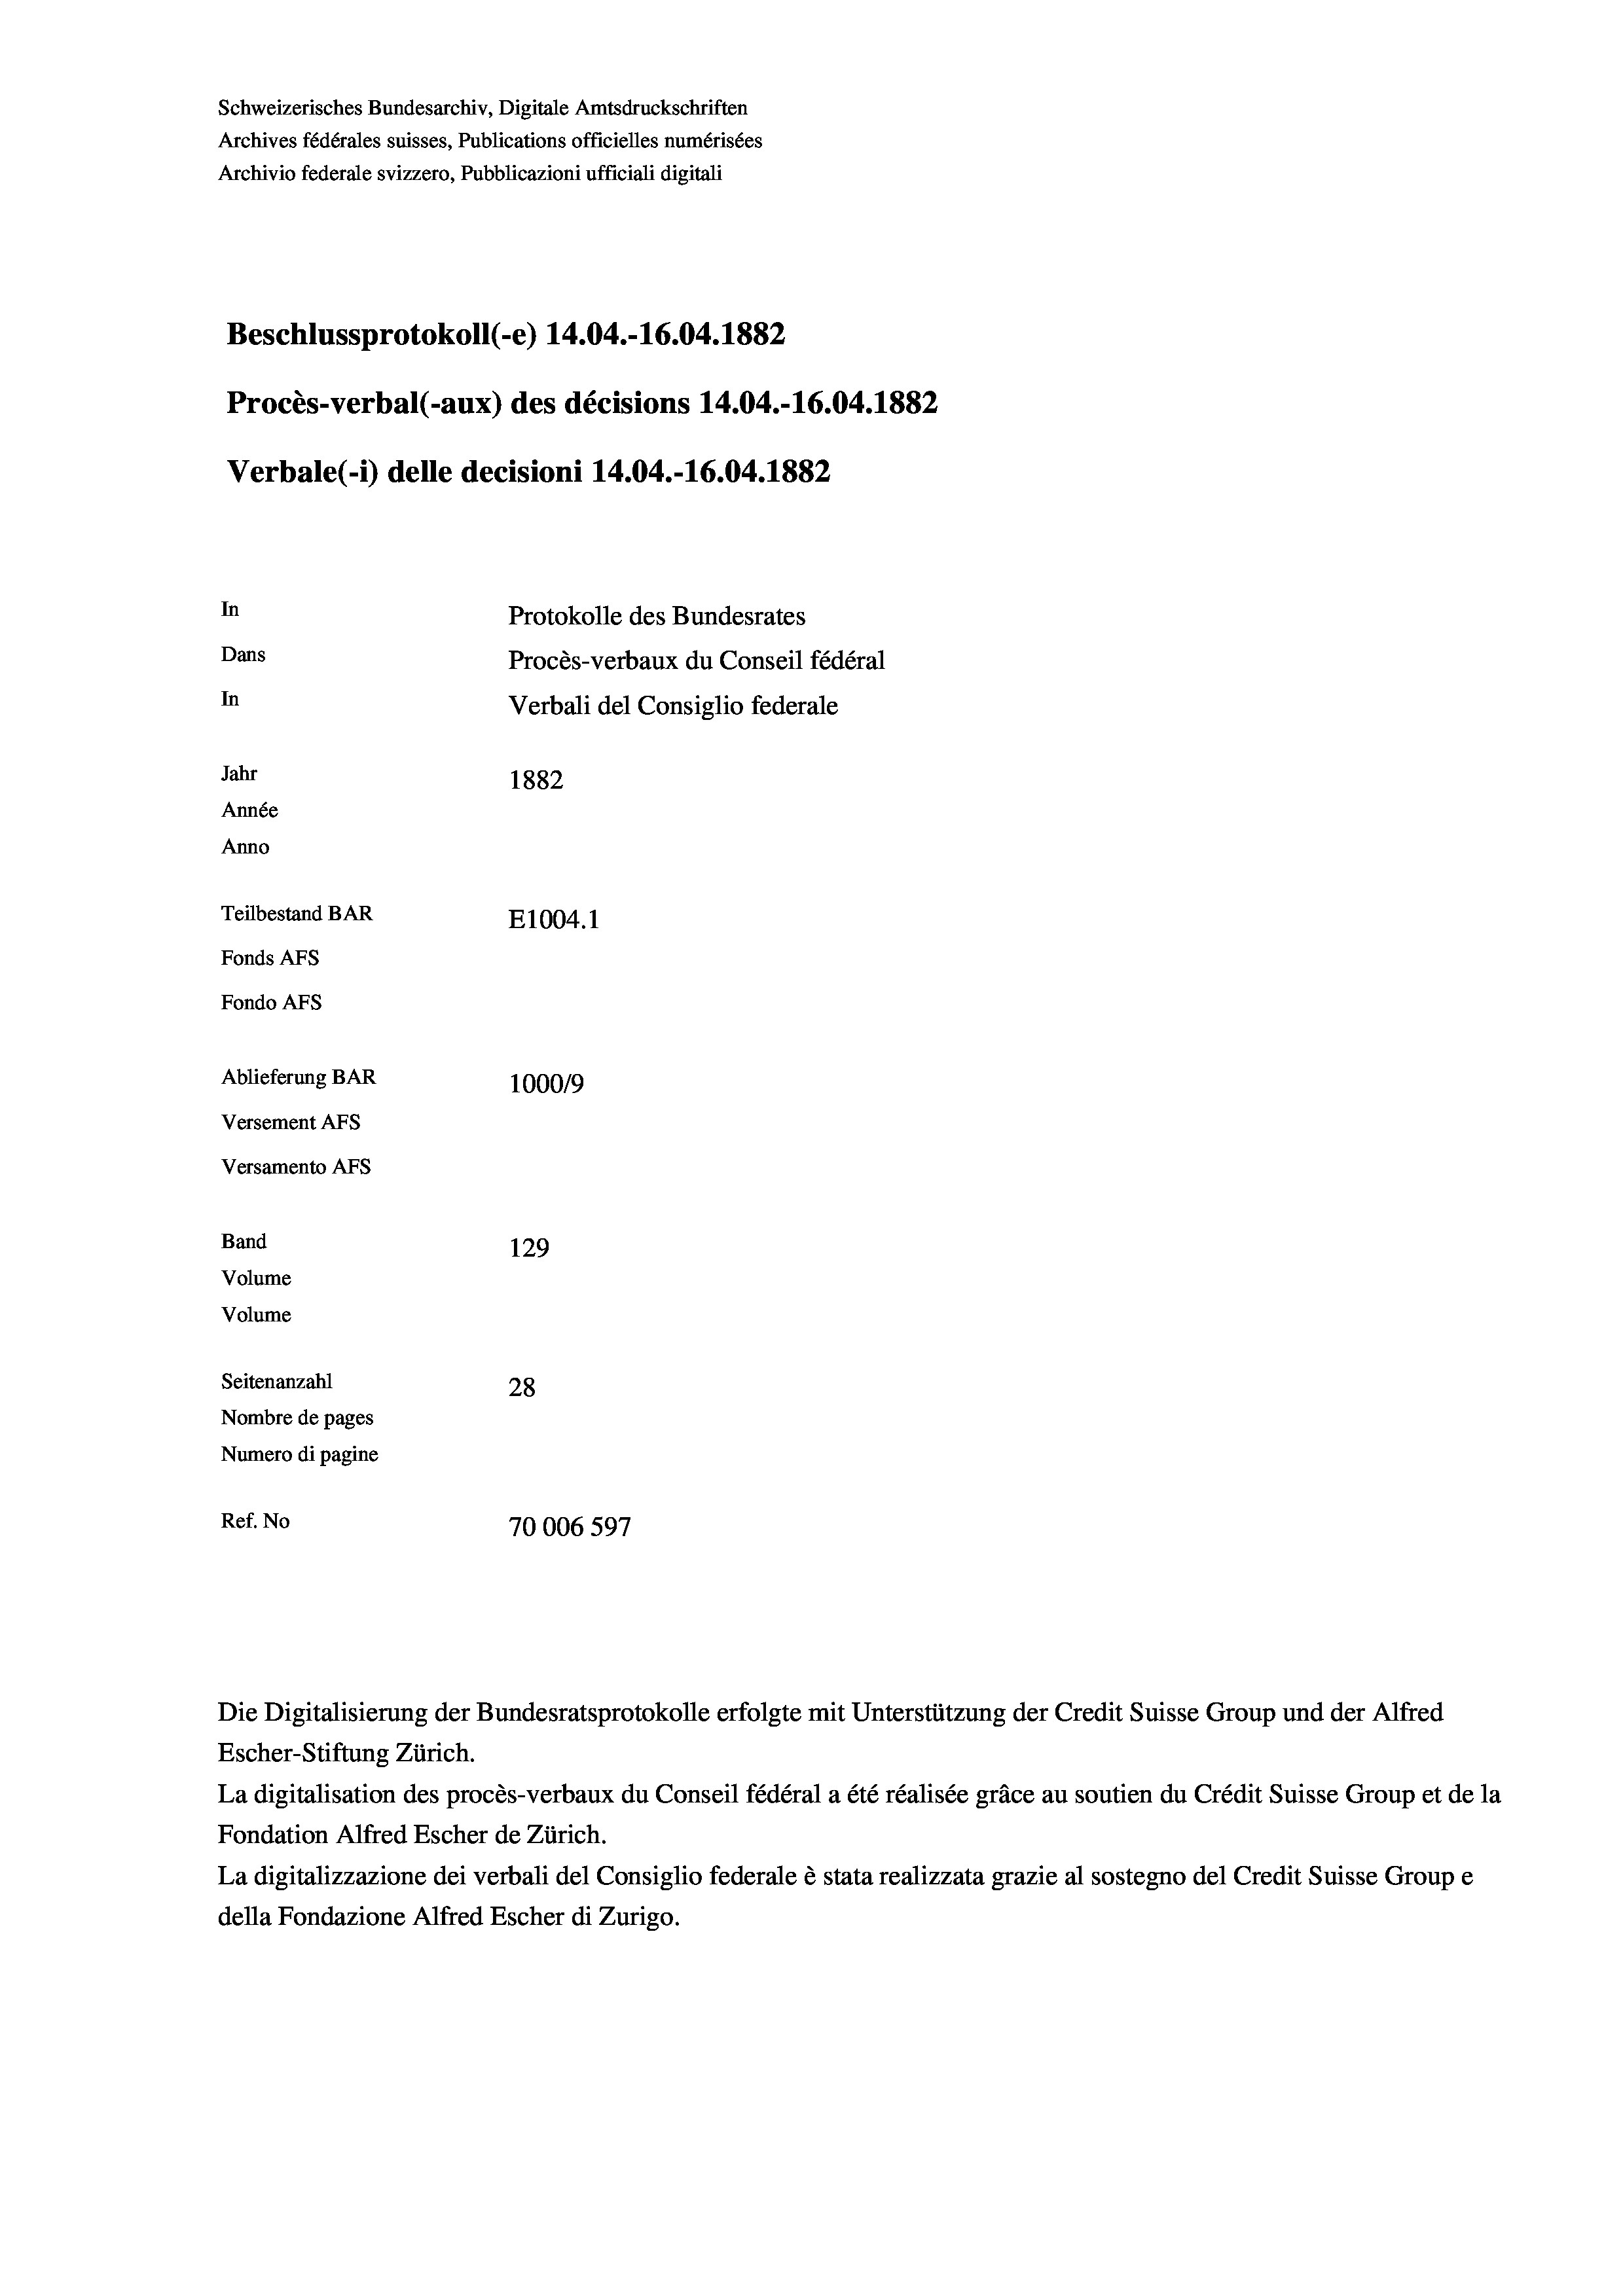
Schweizerisches Bundesarchiv, Digitale Amtsdruckschriften
Archives fédérales suisses, Publications officielles numérisées
Archivio federale svizzero, Pubblicazioni ufficiali digitali
Beschlussprotokoll (-e) 14.04.-16.04. 1882
Procès-verbal (-aux) des décisions 14.04.-16.04. 1882
Verbale (- 1) delle decisioni 14.04.-16.04. 1882
In
Protokolle des Bundesrates
Dans
Procès-verbaux du Conseil fédéral
In
Verbali del Consiglio federale
Jahr
1882
Année
Anno
Teilbestand BAR
E1004. 1
Fonds AFs
Fondo Afs
Ablieferung BAR
100019
Versement AFs
Versamento AFs
Band
129
Volume
Volume
Seitenanzahl
28
Nombre de pages
Numero di pagine
Ref. No
70006 597

Escher-Stiftung Zürich.
La digitalisation des procès-verbaux du Conseil fédéral a été réalisée gräce au soutien du Crédit Suisse Group et de la
Fondation Alfred Escher de Zürich.
La digitalizzazione dei verbali del Consiglio federale è stata realizzata grazie al sostegno del Credit Suisse Groupe
della Fondazione Alfred Escher di Zurigo.

Die Digitalisierung der Bundesratsprotokolle erfolgte mit Unterstützung der Credit Suisse Group und der Alfred